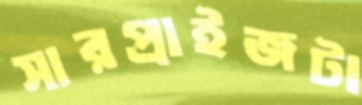
সারপ্রাইজটা